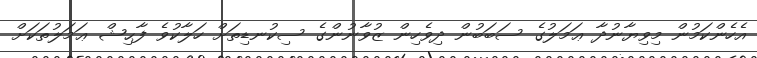
އެހެންކަމުން މިވިޔާނުދާ ޢަމަލުގެ ސަބަބުން ދިވެހިން ޒުވާނުންގެ ސިކުނޑިތަށް ހަލާކުވެ ފާޙިޝް ޢަމަލުތަކަށް